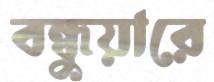
বন্ধুয়ারে